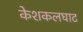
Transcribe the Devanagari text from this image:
केशकलघाट